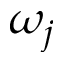
\omega _ { j }